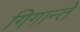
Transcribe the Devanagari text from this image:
गिगान्ते